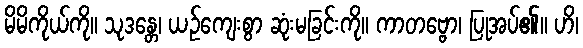
မိမိကိုယ်ကို။ သုဒန္တေ၊ ယဉ်ကျေးစွာ ဆုံးမခြင်းကို။ ကာတဗ္ဗော၊ ပြုအပ်၏။ ဟိ၊